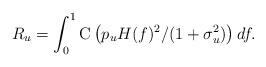
LaTeX: \begin{align*}R_{u}=\int_{0}^{1}\mathrm{C}\left(p_{u}H(f){}^{2}/(1+\sigma_{u}^{2})\right)df.\end{align*}